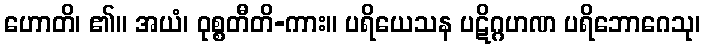
ဟောတိ၊ ၏။ အယံ၊ ဝုစ္စတီတိ-ကား။ ပရိယေသန ပဋိဂ္ဂဟဏ ပရိဘောဂေသု၊